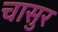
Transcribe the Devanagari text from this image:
चासुर